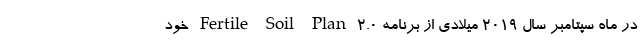
در ماه سپتامبر سال 2019 میلادی از برنامه Fertile Soil Plan 2.0 خود